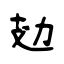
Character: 攰